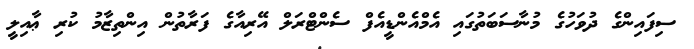
ސިފައިންގެ ދުވަހުގެ މުނާސަބަތުގައި އެމްއެންޑީއެފް ސެންޓްރަލް އޭރިއާގެ ފަރާތުން އިންތިޒާމު ކުރި ޢާއިލީ